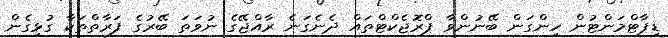
ޑިޕާޓްމަންޓުން ހިންގަން ބޭނުންވާ ޕްރޮޖެކްޓްތައް ދެނެގަނެ ރާއްޖޭގެ ނުވަތަ ބޭރުގެ ފަރާތްތަކާ ގުޅިގެން